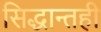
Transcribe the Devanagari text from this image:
सिद्धान्तही